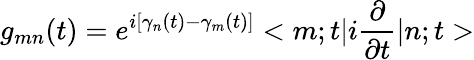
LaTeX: g_{mn}(t)=e^{i[\gamma_{n}(t)-\gamma_{m}(t)]}<m;t|i\frac{\partial}{\partial t}|n;t>